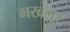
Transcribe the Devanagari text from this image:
मखगूर